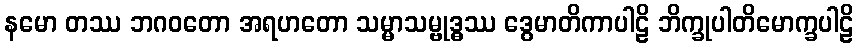
နမော တဿ ဘဂဝတော အရဟတော သမ္မာသမ္ဗုဒ္ဓဿ ဒွေမာတိကာပါဠိ ဘိက္ခုပါတိမောက္ခပါဠိ